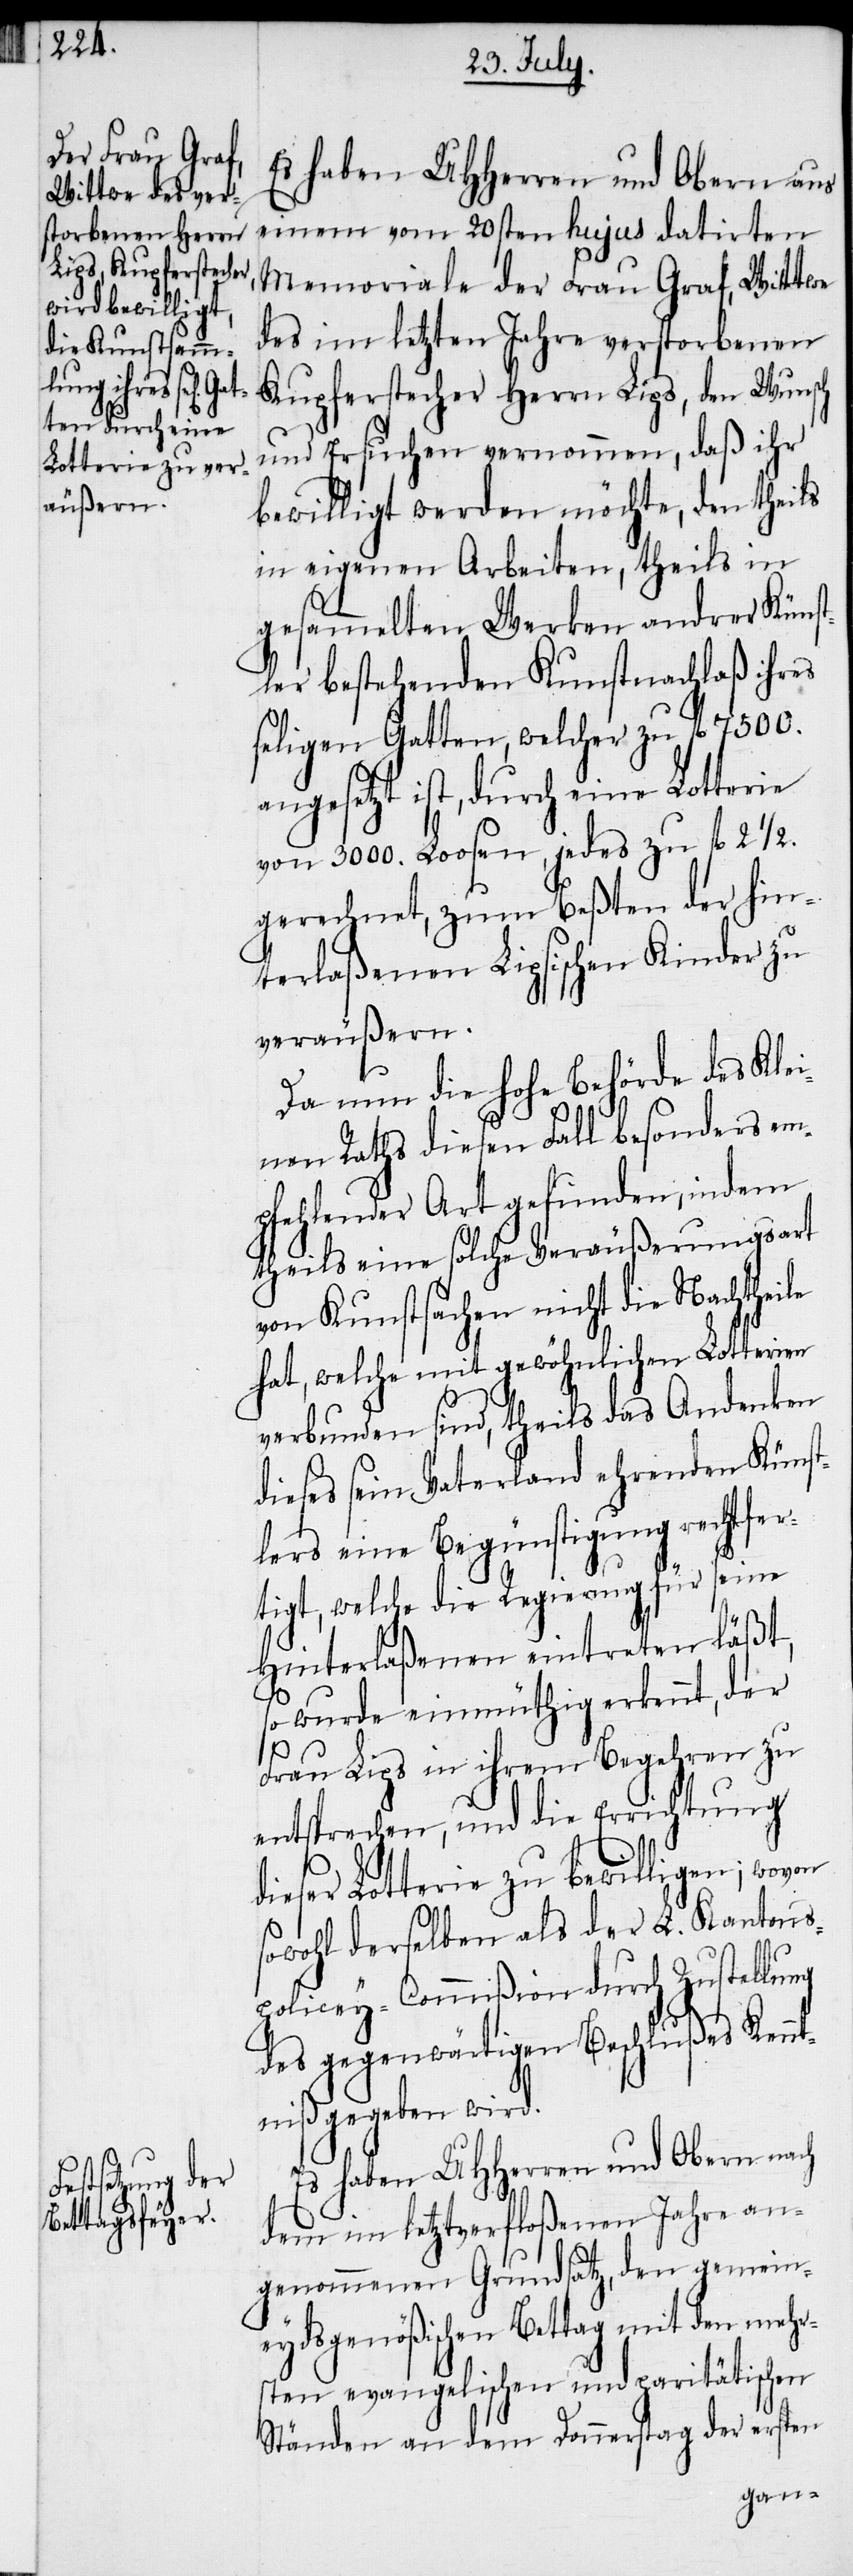
Es haben UHHerren und Obern aus
einem vom 20sten hujus datirten
Memoriale der Frau Graf, Wittwe
des im letzten Jahre verstorbenen
Kupferstecher Herrn Lips, den Wunsch
und Ersuchen vernommen, daß ihr
bewilligt werden möchte, den theils
in eigenen Arbeiten, theils in
gesammelten Werken andrer Künst¬
ler bestehenden Kunstnachlaß ihres
seligen Gatten, welcher zu fl 7500.
angesetzt ist, durch eine Lotterie
von 3000. Loosen, jedes zu fl 2 ½.
gerechnet, zum Beßten der hin¬
terlaßenen Lipsischen Kinder zu
veräußern.
Da nun die hohe Behörde des Klei¬
nen Raths diesen Fall besonders em¬
pfehlender Art gefunden, indem
theils eine solche Veräußerungsart
von Kunstsachen nicht die Nachtheile
hat, welche mit gewöhnlichen Lotterien
verbunden sind, theils das Andenken
dieses sein Vaterland ehrenden Künst¬
lers eine Begünstigung rechtfer¬
tigt, welche die Regierung für seine
Hinterlaßenen eintreten läßt,
so wurde einmüthig erkennt, der
Frau Lips in ihrem Begehren zu
entsprechen, und die Errichtung
dieser Lotterie zu bewilligen; wovon
sowohl derselben als der L. Kantons¬
policey-Commißion durch Zustellung
des gegenwärtigen Beschlußes Kennt¬
niß gegeben wird.
Es haben UHHerren und Obern nach
dem im letztverfloßenen Jahre an¬
genommenen Grundsatz, den gemein¬
eydsgenößischen Bettag mit den mehr¬
sten evangelischen und paritätischen
Ständen an dem Donnerstag der ersten